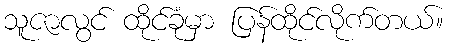
သူဇာလွင် ထိုင်ခုံမှာ ပြန်ထိုင်လိုက်တယ်။